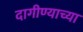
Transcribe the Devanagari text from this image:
दागीण्याच्या